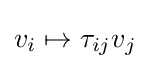
v_{i}\mapsto \tau _{ij}v_{j}